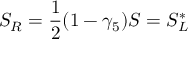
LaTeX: S _ { R } = \frac { 1 } { 2 } ( 1 - \gamma _ { 5 } ) S = S _ { L } ^ { * }